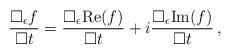
LaTeX: \begin{gather*}\frac{{\square}_{\epsilon}f}{{\square}t}=\frac{{\square}_{\epsilon}\textrm{Re}(f)}{\square t}+i\frac{\square_{\epsilon}\textrm{Im}(f)}{\square t} \, ,\end{gather*}